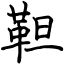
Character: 靼